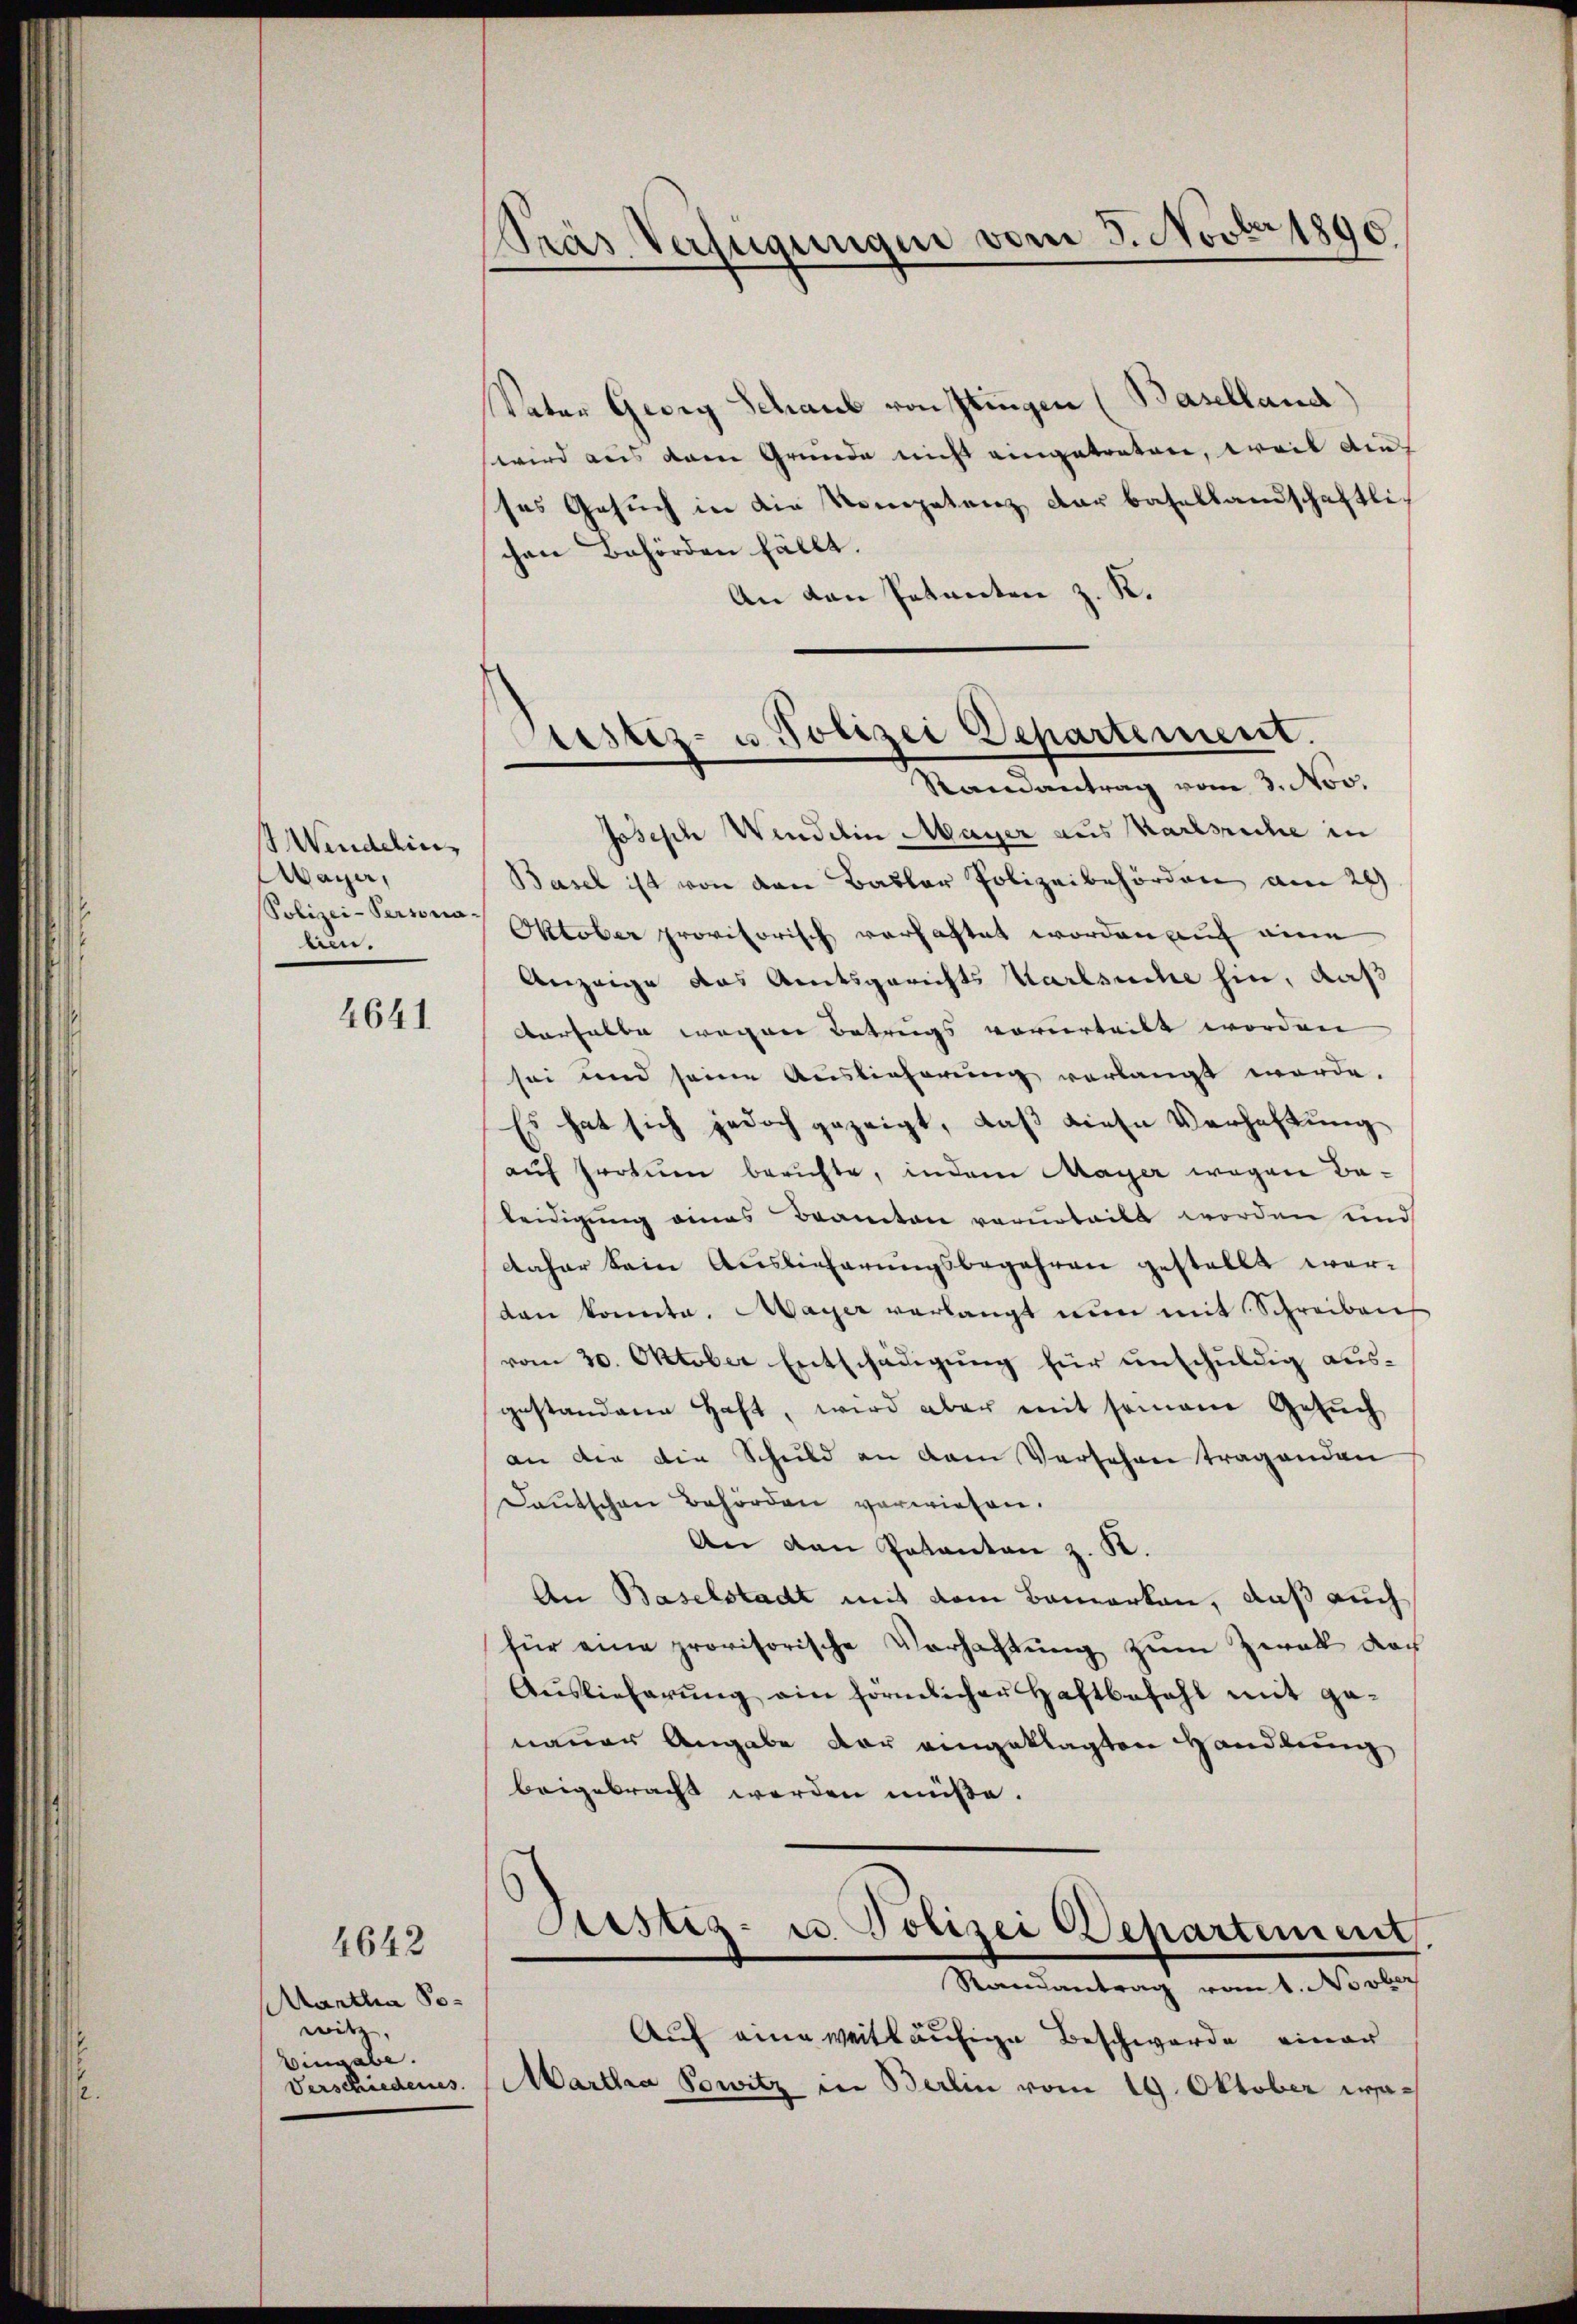
2

Wendelin
Waya,
Polizei-Persona-
be.

4641

Martha Sowitz,
Eingabe.
Verschiedenes.

4642

Pras Verfügungen vom 5. Novbr 1890.

Vater Georg Schaub von Zingen (Baselland)
wird aus dem Grunde nicht eingetreten, weil die
ses Gesuch in die Kompetenz der Basellandschaftlichen Behörden fällt.
An den Petenten z. K.

Bestiz- u Polizei Departement.

Randantrag vom 3. Nov.
Joseph Wendelin Mayer aus Karlsruhe in
Basel ist von den Basler Polizeibehörden am 24
Oktober provisorisch verhaftet worden auf eine
Anzeige das Amtsgerichts Karlsuche hin, daß
verhalbe wegen Betrugs vorurteilt worden
sei und seine Auslieferung verlangt werde.
Es hat sich jedoch gezeigt, daß diese Verhaftung
auf Proten berichte, indem Mayer wegen Baleidigung eines Beamten verurteilt worden und
daher kein Auslieferungsbegehren gestellt worden konnte. Mayer verlangt nun mit Schreiben
vom 20. Oktober Entschädigung für unschuldig ausgestandene Haft, wird aber mit somane Gesŭch
an der die Schuld an dem Versehen tragenden
Deutschen Behörden verwiesen.
An den Pakanton z. K.
An Baselstadt mit dem Bemerken, daß auch
für eine provisorische Verhaltŭng zŭm Zerak doch
Aŭslieferŭng ein förmlichen Haftbefehl mit ge-
nauer Angabe der eingeklagten Handlung
beigebracht werden müße.
Astiz- u. Polizei Departement
Randantrag vom 1. Novber
Auf eine weitläufige Beschwerde einer
Martha Sowitz in Berlin vom 19. Oktober war